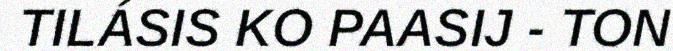
TILÁSIS KO PAASIJ - TON